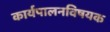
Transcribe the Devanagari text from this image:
कार्यपालनविषयक